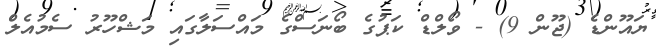
ޔައޫންޑެ (ޖޫން 9) - ވޯލްޑް ކަޕުގެ ބޯނަސްގެ މައްސަލާގައި މަޝްހޫރު ސެމުއެލް